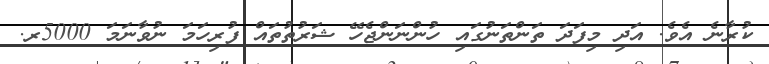
ކުރާނެ އެވެ. އަދި މިފަދަ ތަންތަނުގައި ހުންނަންޖެހޭ ޝަރުތުތައް ފުރިހަމަ ނުވާނަމަ 5000ރ.